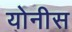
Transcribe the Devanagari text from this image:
योनीस